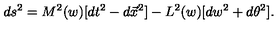
d s ^ { 2 } = M ^ { 2 } ( w ) [ d t ^ { 2 } - d \vec { x } ^ { 2 } ] - L ^ { 2 } ( w ) [ d w ^ { 2 } + d \theta ^ { 2 } ] .